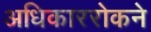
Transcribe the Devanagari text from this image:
अधिकाररोकने